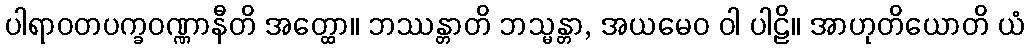
ပါရာဝတပက္ခဝဏ္ဏာနီတိ အတ္ထော။ ဘဿန္တာတိ ဘသ္မန္တာ, အယမေဝ ဝါ ပါဠိ။ အာဟုတိယောတိ ယံ